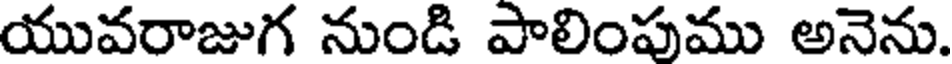
యువరాజుగ నుండి పాలింపుము అనెను.